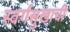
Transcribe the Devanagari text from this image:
स्वर्गसुखाची